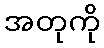
အတုကို